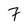
Character: 7